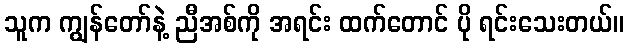
သူက ကျွန်တော်နဲ့ ညီအစ်ကို အရင်း ထက်တောင် ပို ရင်းသေးတယ်။